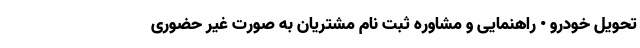
تحویل خودرو • راهنمایی و مشاوره ثبت نام مشتریان به صورت غیر حضوری